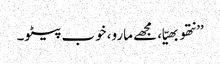
’’نتھو بھیّا، مجھے مارو، خوب پیٹو۔